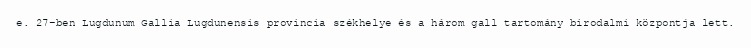
e. 27-ben Lugdunum Gallia Lugdunensis provincia székhelye és a három gall tartomány birodalmi központja lett.